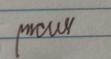
Signature authenticity: genuine